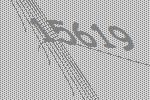
15619